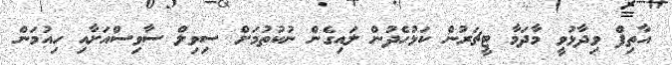
އާތިފް ވިދާޅުވީ މާދަމާ ޓީޗަރުން ކަޅުހެދުން ލައިގެން ނުކުތުމަށް ސިވިލް ސާވިސްއަށާއި ހިއުމަން